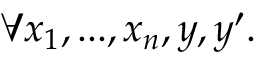
\forall x _ { 1 } , . . . , x _ { n } , y , y ^ { \prime } .